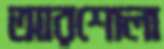
আরশোলা